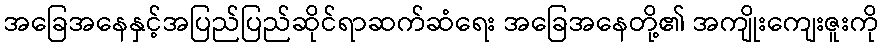
အခြေအနေနှင့်အပြည်ပြည်ဆိုင်ရာဆက်ဆံရေး အခြေအနေတို့၏ အကျိုးကျေးဇူးကို